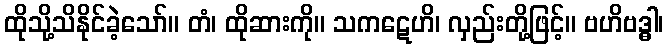
ထိုသို့သိနိုင်ခဲ့သော်။ တံ၊ ထိုဆားကို။ သကဋေဟိ၊ လှည်းတို့ဖြင့်။ ဗဟိဗဒ္ဓါ၊